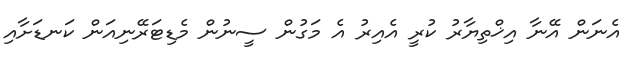
އެނަން އޭނާ އިޚްތިޔާރު ކުރީ އެއިރު އެ މަގުން ސީނުން މެޑިޓަރޭނިއަން ކަނޑަށާއި